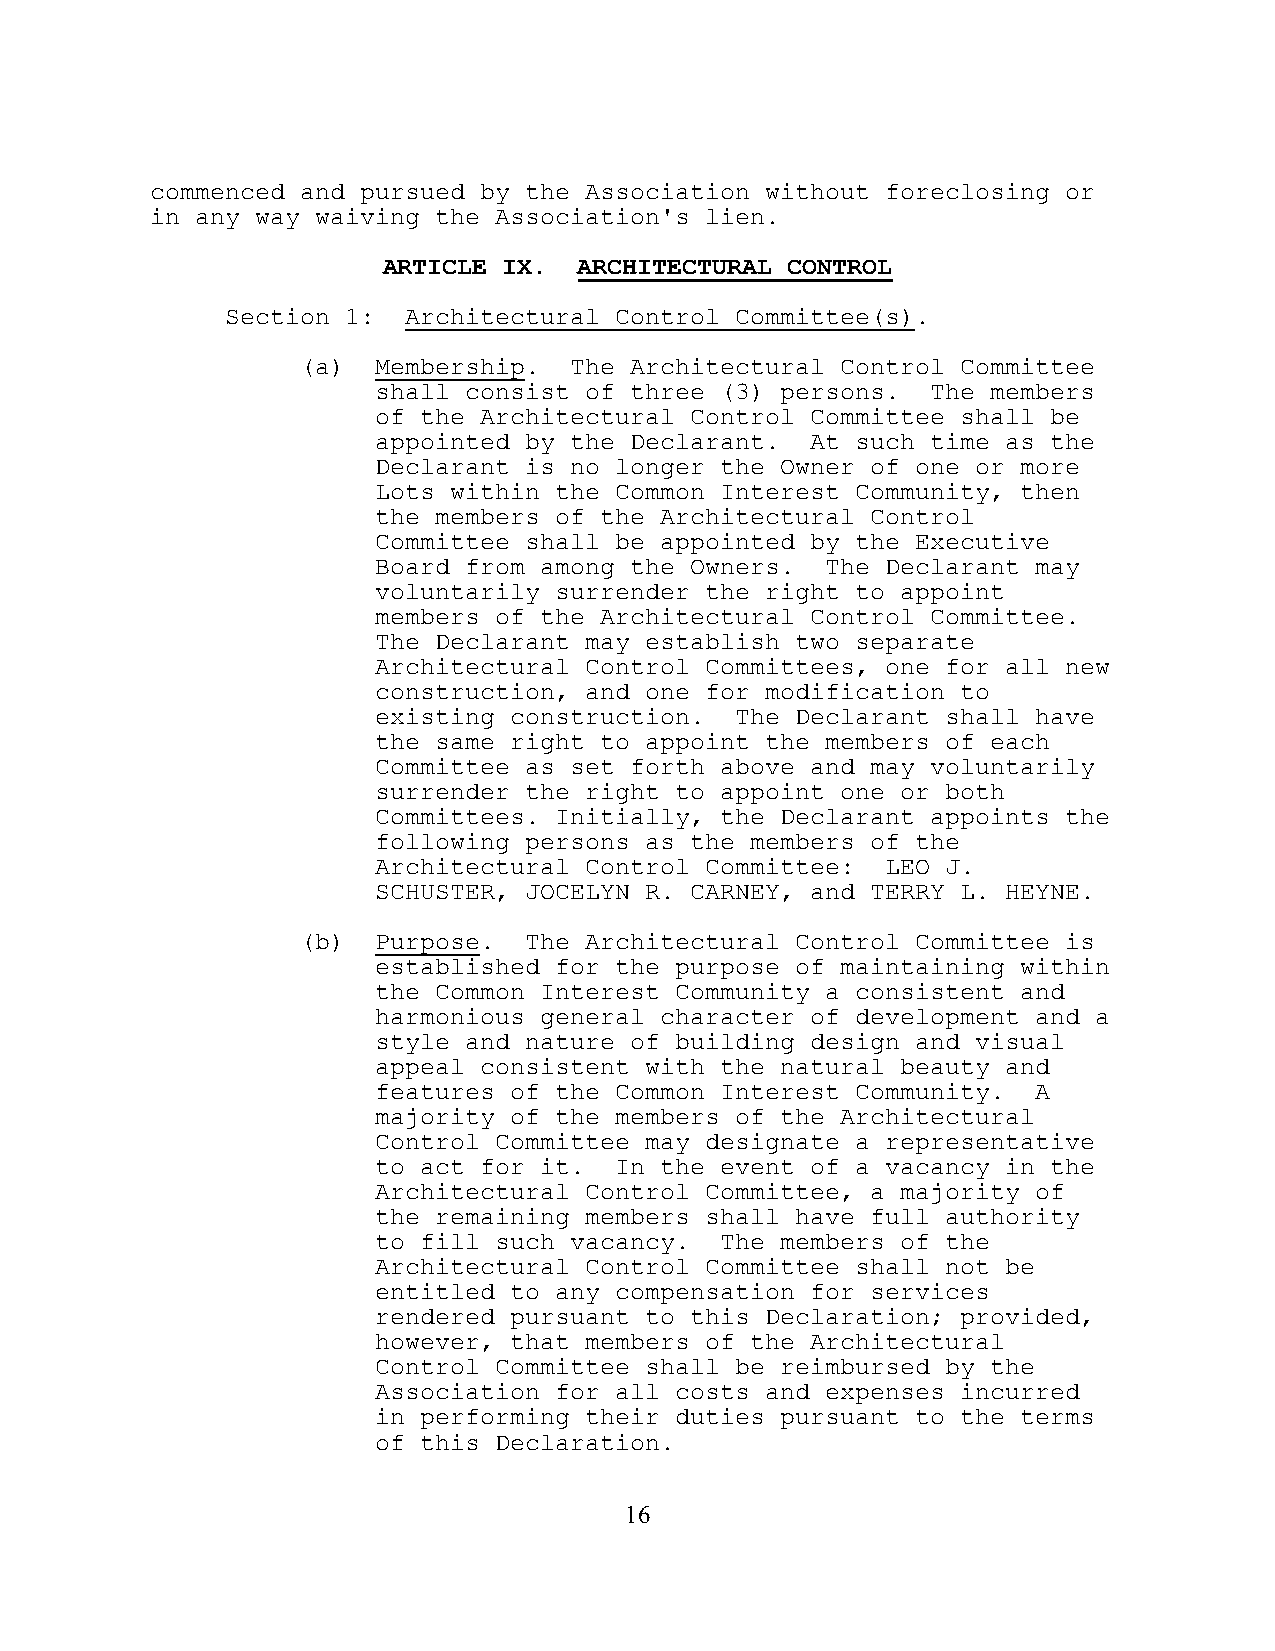
commenced and pursued by the Association without foreclosing or
 in any way waiving the Association's lien.
 ARTICLE IX.  ARCHITECTURAL CONTROL
 Section 1:  Architectural Control Committee(s).
 (a)  Membership.  The Architectural Control Committee
 shall consist of three (3) persons.  The members
 of the Architectural Control Committee shall be
 appointed by the Declarant.  At such time as the
 Declarant is no longer the Owner of one or more
 Lots within the Common Interest Community, then
 the members of the Architectural Control
 Committee shall be appointed by the Executive
 Board from among the Owners.  The Declarant may
 voluntarily surrender the right to appoint
 members of the Architectural Control Committee.
 The Declarant may establish two separate
 Architectural Control Committees, one for all new
 construction, and one for modification to
 existing construction.  The Declarant shall have
 the same right to appoint the members of each
 Committee as set forth above and may voluntarily
 surrender the right to appoint one or both
 Committees. Initially, the Declarant appoints the
 following persons as the members of the
 Architectural Control Committee:  LEO J.
 SCHUSTER, JOCELYN R. CARNEY, and TERRY L. HEYNE.
 (b)  Purpose.  The Architectural Control Committee is
 established for the purpose of maintaining within
 the Common Interest Community a consistent and
 harmonious general character of development and a
 style and nature of building design and visual
 appeal consistent with the natural beauty and
 features of the Common Interest Community.  A
 majority of the members of the Architectural
 Control Committee may designate a representative
 to act for it.  In the event of a vacancy in the
 Architectural Control Committee, a majority of
 the remaining members shall have full authority
 to fill such vacancy.  The members of the
 Architectural Control Committee shall not be
 entitled to any compensation for services
 rendered pursuant to this Declaration; provided,
 however, that members of the Architectural
 Control Committee shall be reimbursed by the
 Association for all costs and expenses incurred
 in performing their duties pursuant to the terms
 of this Declaration.
 16